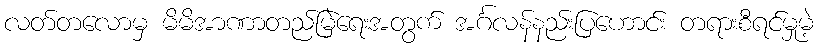
လတ်တလောမှ မိမိအာဏာတည်မြဲရေးအတွက် အင်္ဂလန်နည်းပြဟောင်း တရားစီရင်မှုမဲ့